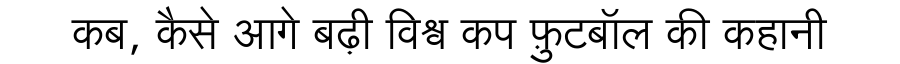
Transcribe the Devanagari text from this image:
कब, कैसे आगे बढ़ी विश्व कप फ़ुटबॉल की कहानी